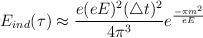
LaTeX: \begin{align*}E_{ind}(\tau) \approx \frac{e (e E)^2 (\triangle t)^2}{4 \pi^3} e^{\frac{- \pi m^2}{e E}}\end{align*}